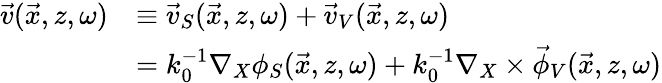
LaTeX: \begin{array}{rl}{\vec{v}(\vec{x},z,\omega)}&{\equiv\vec{v}_{S}(\vec{x},z,\omega)+\vec{v}_{V}(\vec{x},z,\omega)}\\ &{=k_{0}^{-1}\nabla_{X}\phi_{S}(\vec{x},z,\omega)+k_{0}^{-1}\nabla_{X}\times\vec{\phi}_{V}(\vec{x},z,\omega)}\end{array}